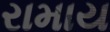
રામાય